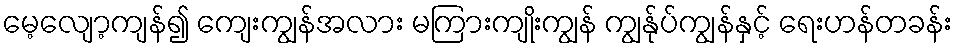
မေ့လျော့ကျန်၍ ကျေးကျွန်အလား မကြားကျိုးကျွန် ကျွန်ုပ်ကျွန်နှင့် ရေးဟန်တခန်း